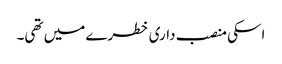
اسکی منصب داری خطرے میں تھی۔